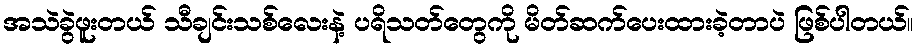
အသဲခွဲဖူးတယ် သီချင်းသစ်လေးနဲ့ ပရိသတ်တွေကို မိတ်ဆက်ပေးထားခဲ့တာပဲ ဖြစ်ပါတယ်။